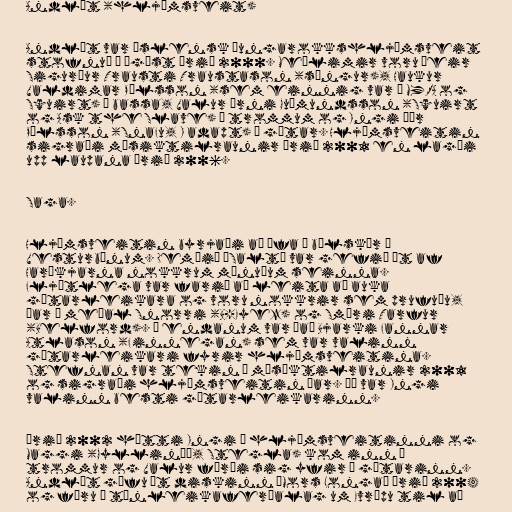
Andlát (hljómsveit)

Andlát var íslensk þungarokkshljómsveit
stofnuð í ágúst árið 2000. Meðlimir voru þeir
Sigurður Trausti Traustason (söngur), Haukur
Valdimar Pálsson (sem einnig var í MYRA og
Squirt) á bassa, Valur Árni Guðmundsson (Squirt
og Ask the Slave) á trommum og Ingi Þór
Pálsson (SnaFu, I adapt) á gítar. Hljómsveitin
sigraði músiktilraunir árið 2001 en lagði
upp laupana árið 2006.

Saga.

Hljómsveitin byrjaði að æfa í bílskúr í
Vesturbænum. Demóið „Salt“ var gefið út af
Harðkjarna nokkrum mánuðum seinna.
Fljótlega var farið að leita að auka
gítarleikara og voru nokkrir sem prufuðu,
þar á meðal Snorri (B-Eyez) og Smári Tarfur
(Belford). Á endanum var það Bjarki Fannar
Atlason (Finnegan) sem var valinn
gítarleikari fyrir hljómsveitina.
Stefnan var tekin á músíktilraunir 2001
og sigraði hljómsveitin þar. Þá var Ingi
valinn besti gítarleikarinn.

Árið 2002 hætti Ingi í hljómsveitinni og
Maggi (Gyllinæð, Stegla) kom inn á
trommur og Valur færði sig yfir á gítarinn.
Andlát gáfu út diskinn „Mors Longa“ árið 2004
og fóru í tónleikaferðalag um Evrópu til að